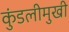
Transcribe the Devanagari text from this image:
कुंडलीमुखी